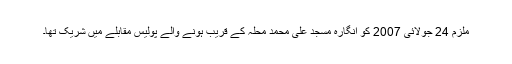
ملزم 24 جولائی 2007 کو انگارہ مسجد علی محمد محلہ کے قریب ہونے والے پولیس مقابلے میں شریک تھا۔